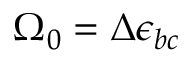
\Omega _ { 0 } = \Delta \epsilon _ { b c }